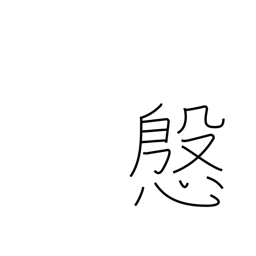
Meaning: courtesy